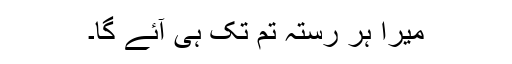
میرا ہر رستہ تم تک ہی آئے گا۔